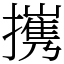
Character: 㩗